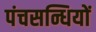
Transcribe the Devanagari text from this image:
पंचसन्धियों